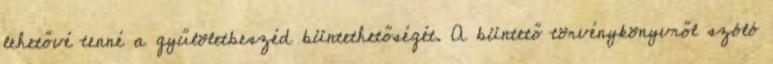
lehetővé tenné a gyűlöletbeszéd büntethetőségét. A büntető törvénykönyvről szóló